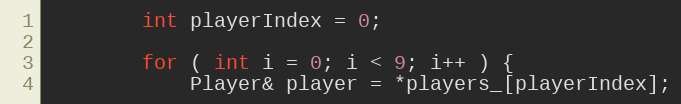
Language: C
		int playerIndex = 0;

		for ( int i = 0; i < 9; i++ ) {
			Player& player = *players_[playerIndex];